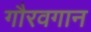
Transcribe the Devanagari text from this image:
गौरवगान